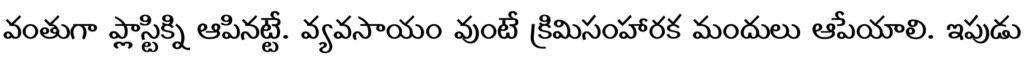
వంతుగా ప్లాస్టిక్ని ఆపినట్టే. వ్యవసాయం వుంటే క్రిమిసంహారక మందులు ఆపేయాలి. ఇపుడు